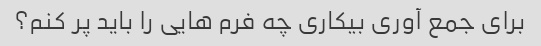
برای جمع آوری بیکاری چه فرم هایی را باید پر کنم؟